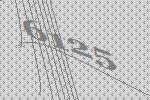
6125